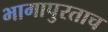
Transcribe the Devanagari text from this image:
भागापुरताच